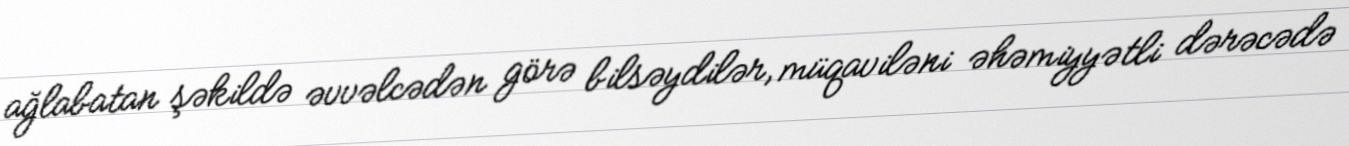
ağlabatan şəkildə əvvəlcədən görə bilsəydilər, müqaviləni əhəmiyyətli dərəcədə